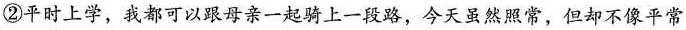
②平时上学，我都可以跟母亲一起骑上一段路，今天虽然照常，但却不像平常